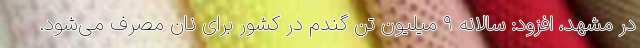
در مشهد، افزود: سالانه ۹ میلیون تن گندم در کشور برای نان مصرف می‌شود.